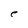
Character: C